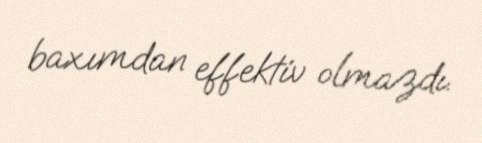
baxımdan effektiv olmazdı.